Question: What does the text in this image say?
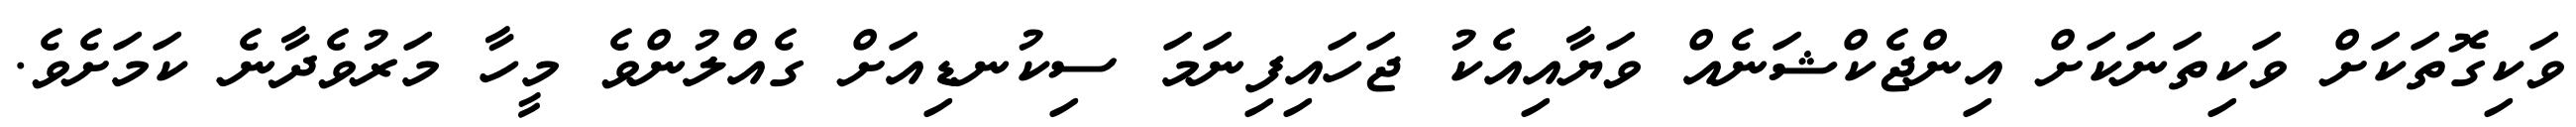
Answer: ވަކިގޮތަކަށް ވަކިތަނަކަށް އިންޖެކްޝަނެއް ވަޔާއިއެކު ޖަހައިފިނަމަ ސިކުނޑިއަށް ގެއްލުންވެ މީހާ މަރުވެދާނެ ކަމަށެވެ.